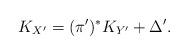
LaTeX: \begin{align*}K_{X^{\prime}}=(\pi^{\prime})^{\ast}K_{Y^{\prime}}+\Delta^{\prime}.\end{align*}